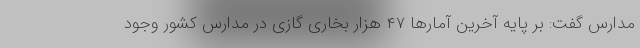
مدارس گفت: بر پایه آخرین آمارها ۴۷ هزار بخاری گازی در مدارس کشور وجود